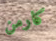
كارمن